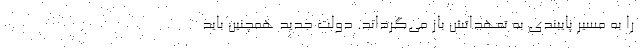
را به مسیر پایبندی به تعهداتش باز می‌گرداند. دولت جدید همچنین باید